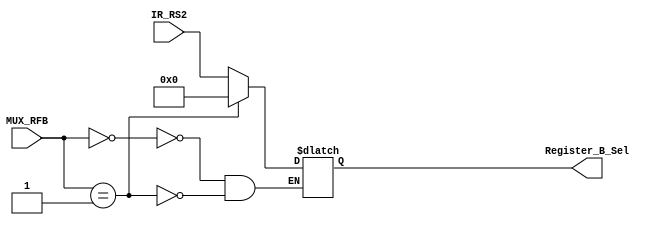
module Multiplexer_RFB (
				output reg [4:0] Register_B_Sel,
				input [4:0] IR_RS2,
				input [1:0] MUX_RFB
				);
	always @*
		begin
		case (MUX_RFB)
			2'b00:
				begin
				Register_B_Sel = IR_RS2;
				end
			2'b01:
				begin
				Register_B_Sel = 5'b00000;
				end
		endcase
		end
endmodule